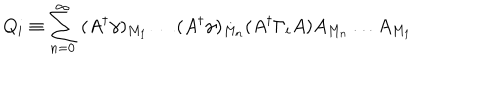
Q _ { i } \equiv \sum _ { n = 0 } ^ { \infty } \; ( A ^ { \dagger } \gamma ) _ { M _ { 1 } } \ldots ( A ^ { \dagger } \gamma ) _ { M _ { n } } ( A ^ { \dagger } \Gamma _ { i } A ) A _ { M _ { n } } \ldots A _ { M _ { 1 } }